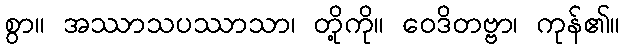
စွာ။ အဿာသပဿာသာ၊ တို့ကို။ ဝေဒိတဗ္ဗာ၊ ကုန်၏။